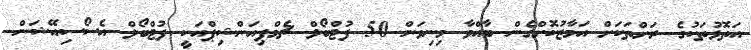
އަތޮޅުތަކުގެ ރަށްތަކަށް އަމާޒުކޮށްގެން ބާއްވާ މިނިވަން 50 ފުޓްބޯލް ޗެމްޕިއަންޝިޕްއަކީ ފުޓްބޯލް އެސޯސިއޭޝަން